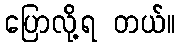
ပြောလို့ရ တယ်။